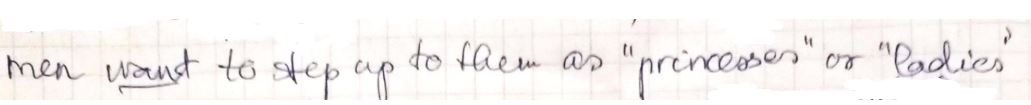
men want to step up to them as " princesses " or " ladies"